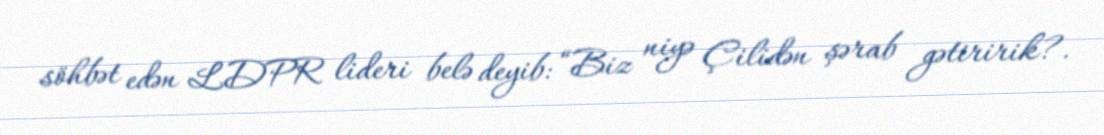
söhbət edən LDPR lideri belə deyib: “Biz niyə Çilidən şərab gətiririk?.